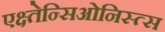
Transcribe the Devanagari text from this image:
एक्ष्तेन्सिओनिस्त्स